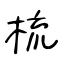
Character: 梳